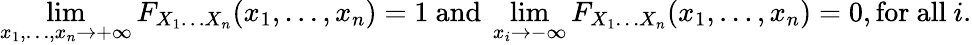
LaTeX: \operatorname*{lim}_{x_{1},\ldots,x_{n}\rightarrow+\infty}F_{X_{1}\ldots X_{n}}(x_{1},\ldots,x_{n})=1{\mathrm{~and~}}\operatorname*{lim}_{x_{i}\rightarrow-\infty}F_{X_{1}\ldots X_{n}}(x_{1},\ldots,x_{n})=0,{\mathrm{for~all~}}i.